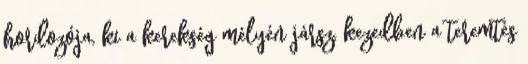
hordozója, ki a kerekség mélyén jársz, kezedben a teremtés